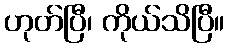
ဟုတ်ပြီ၊ ကိုယ်သိပြီ။